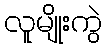
လူမျိုးကွဲ